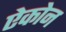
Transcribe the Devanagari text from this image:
ऐकोन